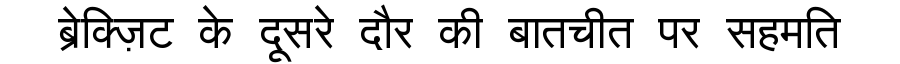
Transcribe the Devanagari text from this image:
ब्रेक्ज़िट के दूसरे दौर की बातचीत पर सहमति